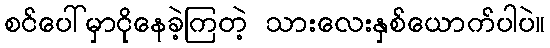
စင်ပေါ်မှာငိုနေခဲ့ကြတဲ့ သားလေးနှစ်ယောက်ပါပဲ။